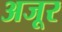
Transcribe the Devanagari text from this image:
अजूर